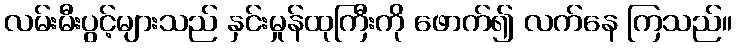
လမ်းမီးပွင့်များသည် နှင်းမှုန်ထုကြီးကို ဖောက်၍ လက်နေ ကြသည်။